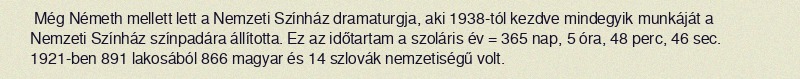
Még Németh mellett lett a Nemzeti Színház dramaturgja, aki 1938-tól kezdve mindegyik munkáját a Nemzeti Színház színpadára állította. Ez az időtartam a szoláris év = 365 nap, 5 óra, 48 perc, 46 sec. 1921-ben 891 lakosából 866 magyar és 14 szlovák nemzetiségű volt.